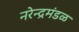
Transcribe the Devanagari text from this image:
नरेन्द्रमंडळ